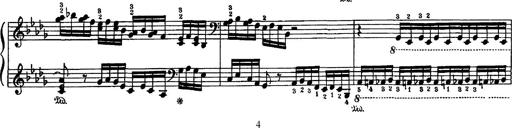
Title: Fantaisie sur des motifs favoris de l'opÃ©ra 'La sonnambula'
Composer: Franz Liszt